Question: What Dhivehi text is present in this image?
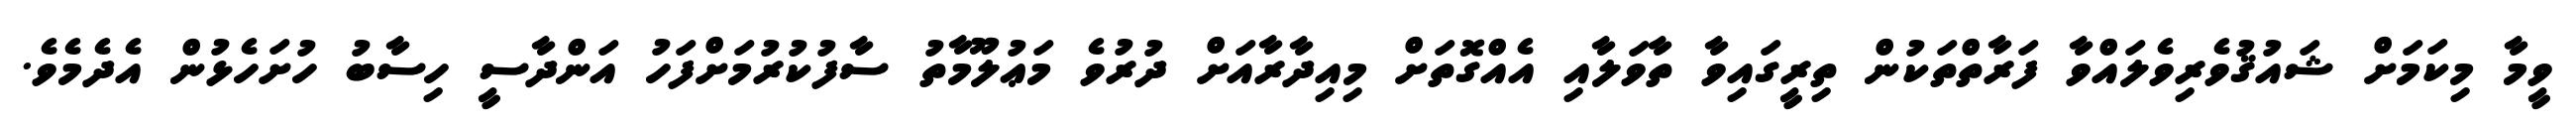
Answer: ވީމާ މިކަމަށް ޝައުޤުވެރިވެލައްވާ ފަރާތްތަކުން ތިރީގައިވާ ތާވަލާއި އެއްގޮތަށް މިއިދާރާއަށް ދުރުވެ މަޢުލޫމާތު ސާފުކުރުމަށްފަހު އަންދާސީ ހިސާބު ހުށަހެޅުން އެދެމެވެ.